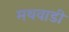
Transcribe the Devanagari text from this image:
मथवाडी